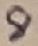
Text: 8